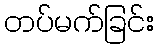
တပ်မက်ခြင်း